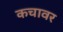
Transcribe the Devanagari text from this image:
कचावर